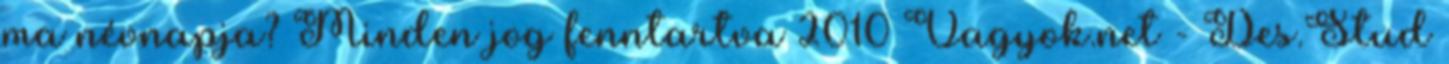
ma névnapja? Minden jog fenntartva 2010 Vagyok.net - Des.Stud